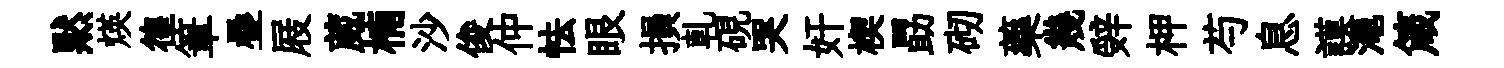
黙煐徨筆疊屐葳楠沙俊仲怯眼損乹硯哭奸楔勗砌藥幾辤柙芍息謨澠箴